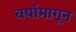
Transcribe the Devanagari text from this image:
वर्षामागून